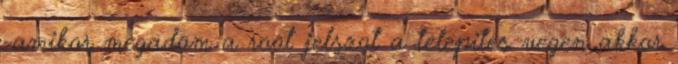
-amikor megadom a root jelszot a telepites vegen akkor